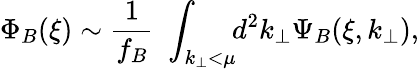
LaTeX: \Phi_{B}(\xi)\sim\frac{1}{f_{B}}\, \, \int_{k_{\perp}<\mu}\! \! d^{2}k_{\perp}\Psi_{B}(\xi,k_{\perp}),